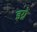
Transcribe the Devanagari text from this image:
इग्ने